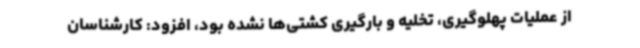
از عملیات پهلوگیری، تخلیه و بارگیری کشتی‌ها نشده بود، افزود: کارشناسان